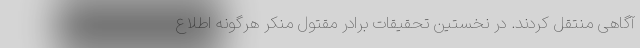
آگاهی منتقل کردند. در نخستین تحقیقات برادر مقتول منکر هرگونه اطلاع